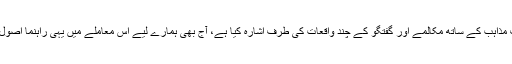
جناب نبی اکرم صلی اللہ علیہ وسلم کی حیاتِ مبارکہ میں مختلف مذاہب کے ساتھ مکالمے اور گفتگو کے چند واقعات کی طرف اشارہ کیا ہے، آج بھی ہمارے لیے اس معاملے میں یہی راہنما اصول ہیں، اللہ تعالیٰ عمل کی توفیق سے نوازیں، آمین یا رب العالمین۔